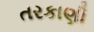
તરકાણી